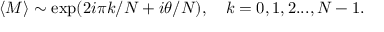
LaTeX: \langle M \rangle \sim \exp ( 2 i \pi k / N + i \theta / N ) , \ \ \ k = 0 , 1 , 2 . . . , N - 1 .